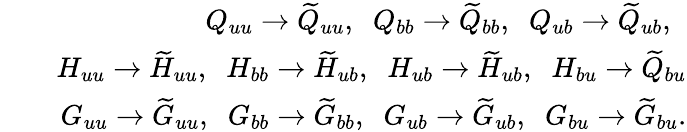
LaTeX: \begin{array}{rlr}&{}&{Q_{uu}\to\widetilde{Q}_{uu},\; \; Q_{bb}\to\widetilde{Q}_{bb},\; \; Q_{ub}\to\widetilde{Q}_{ub},\; \; }\\ &{}&{H_{uu}\to\widetilde{H}_{uu},\; \; H_{bb}\to\widetilde{H}_{ub},\; \; H_{ub}\to\widetilde{H}_{ub},\; \; H_{bu}\to\widetilde{Q}_{bu}}\\ &{}&{G_{uu}\to\widetilde{G}_{uu},\; \; G_{bb}\to\widetilde{G}_{bb},\; \; G_{ub}\to\widetilde{G}_{ub},\; \; G_{bu}\to\widetilde{G}_{bu}.}\end{array}